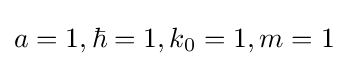
a=1,\hbar =1,k_{0}=1,m=1